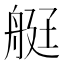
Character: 𦨿